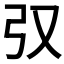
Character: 𢎤